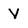
Character: V